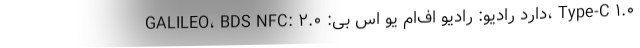
GALILEO، BDS NFC: دارد رادیو: رادیو اف‌ام یو اس بی: ۲.۰، Type-C ۱.۰